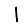
Digit: 1